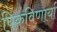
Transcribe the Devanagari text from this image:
पिकविणार्या